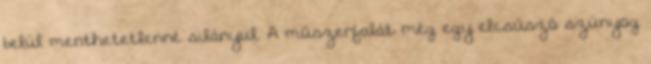
belül menthetetlenné silányul. A műszerfalát még egy elcsúszó szúnyog